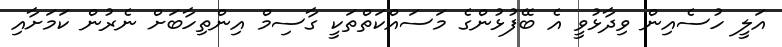
އަލީ ހުސެއިން ވިދާޅުވީ އެ ބޭފުޅުންގެ މަސައްކަތްތަކީ ގާސިމް އިންތިހާބަށް ނެރުން ކަމަށާއި